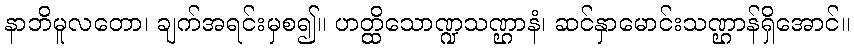
နာဘိမူလတော၊ ချက်အရင်းမှစ၍။ ဟတ္ထိသောဏ္ဍသဏ္ဌာနံ၊ ဆင်နှာမောင်းသဏ္ဌာန်ရှိအောင်။